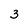
Character: 3